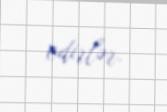
edirlər.